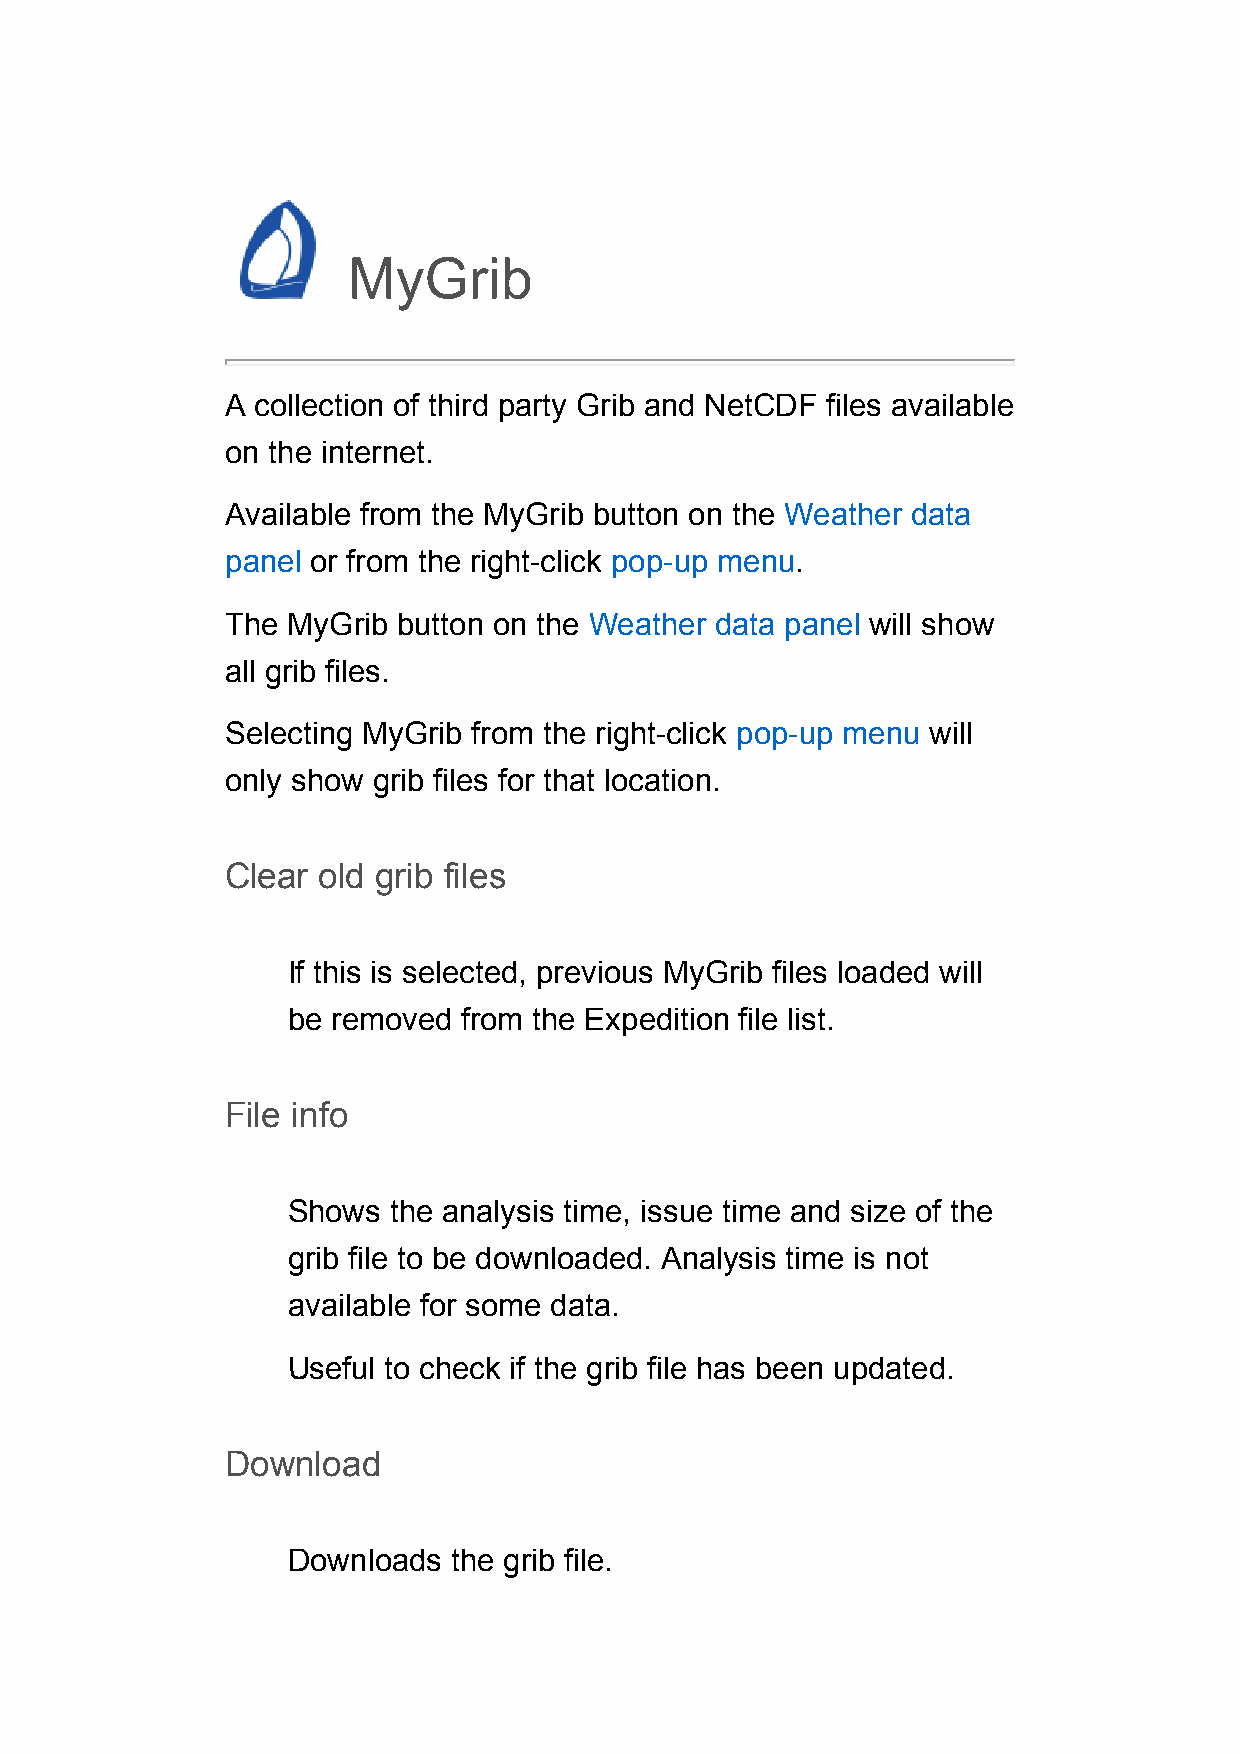
MyGrib
 A collection of third party Grib and NetCDF files available
 on the internet.
 Available from the MyGrib button on the Weather data
 panel or from the right-click pop-up menu.
 The MyGrib button on the Weather data panel will show
 all grib files.
 Selecting MyGrib from the right-click pop-up menu will
 only show grib files for that location.
 Clear old grib files
 If this is selected, previous MyGrib files loaded will
 be removed  from the Expedition file list.
 File info
 Shows  the analysis time, issue time and size of the
 grib file to be downloaded. Analysis time is not
 available for some data.
 Useful to check if the grib file has been updated.
 Download
 Downloads  the grib file.